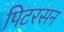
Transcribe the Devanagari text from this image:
पिटरसन